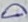
Text: D